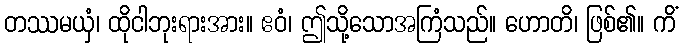
တဿမယှံ၊ ထိုငါဘုးရားအား။ ဧဝံ၊ ဤသို့သောအကြံသည်။ ဟောတိ၊ ဖြစ်၏။ ကိံ